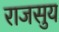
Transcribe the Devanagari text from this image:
राजसुय